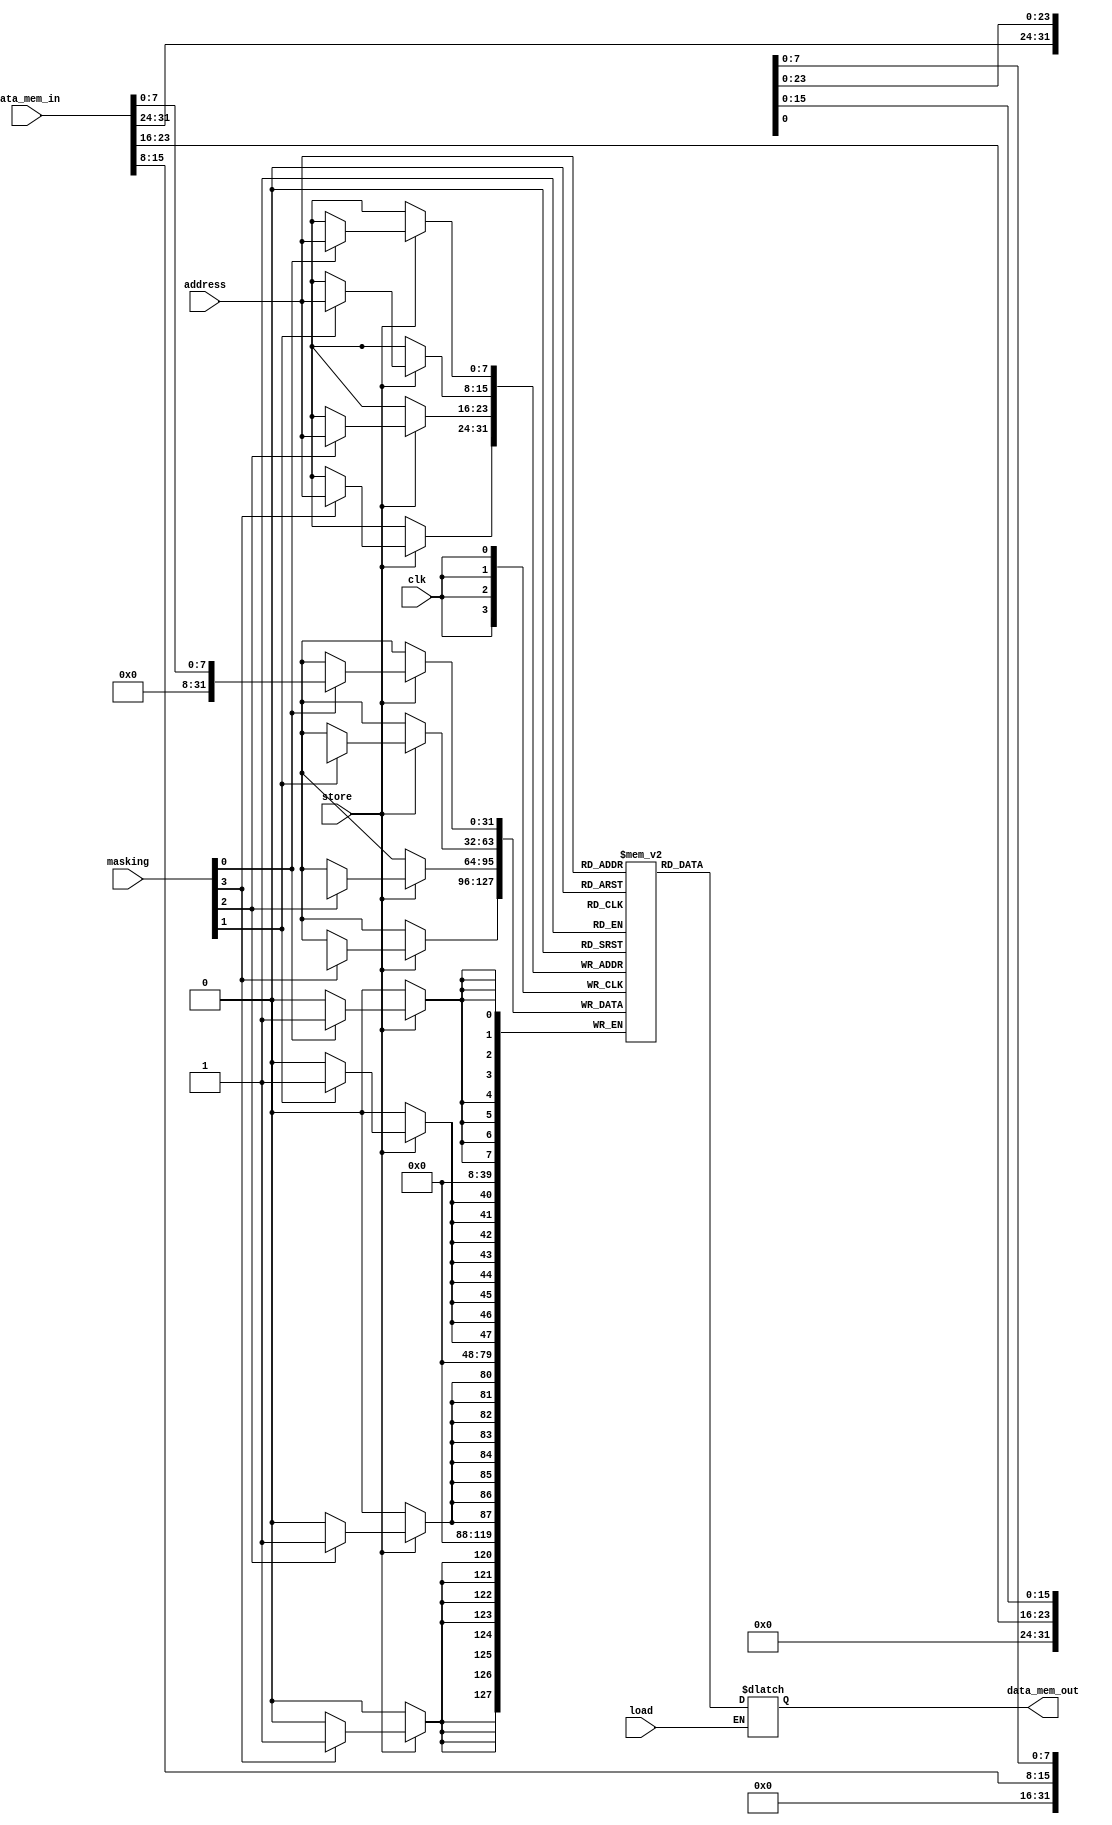
module datamem(
    input wire clk,
    input wire load,
    input wire store,
    input wire [7:0] address,
    input wire [31:0] data_mem_in,
    input wire [3:0] masking,

    output reg [31:0] data_mem_out
);

    reg [31:0] mem [0:255];

    always @ (posedge clk) begin 
        if(store)begin
            // mem[address] <= data_mem_in;

            if(masking[0]) begin
                mem[address][7:0] <= data_mem_in[7:0];
            end
            if(masking[1]) begin
                mem[address][15:8] <= data_mem_in[15:8];
            end
            if(masking[2]) begin
                mem[address][23:16] <= data_mem_in[23:16];
            end
            if(masking[3]) begin
                mem[address][31:24] <= data_mem_in[31:24];
            end
        end
    end

    always @(*) begin
        
        if(load)begin
            data_mem_out= mem[address];
        end
        
    end
endmodule